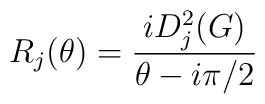
R_{j}(\theta )=\frac{iD_{j}^{2}(G)}{\theta -i\pi /2}